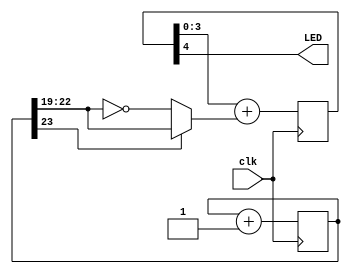
// https://www.fpga4fun.com/Opto2.html

module LEDglow(
    input clk,
    output LED
);
    parameter BITPOS = 23;

    reg [BITPOS:0] cnt;

    always @(posedge clk) cnt <= cnt + 1'b1;
    wire [3:0] PWM_input = cnt[BITPOS] ? cnt[BITPOS-1:BITPOS-4] : ~cnt[BITPOS-1:BITPOS-4];    // ramp the PWM input up and down

    reg [4:0] PWM;
    always @(posedge clk) PWM <= PWM[3:0]+PWM_input;

    assign LED = PWM[4];
endmodule